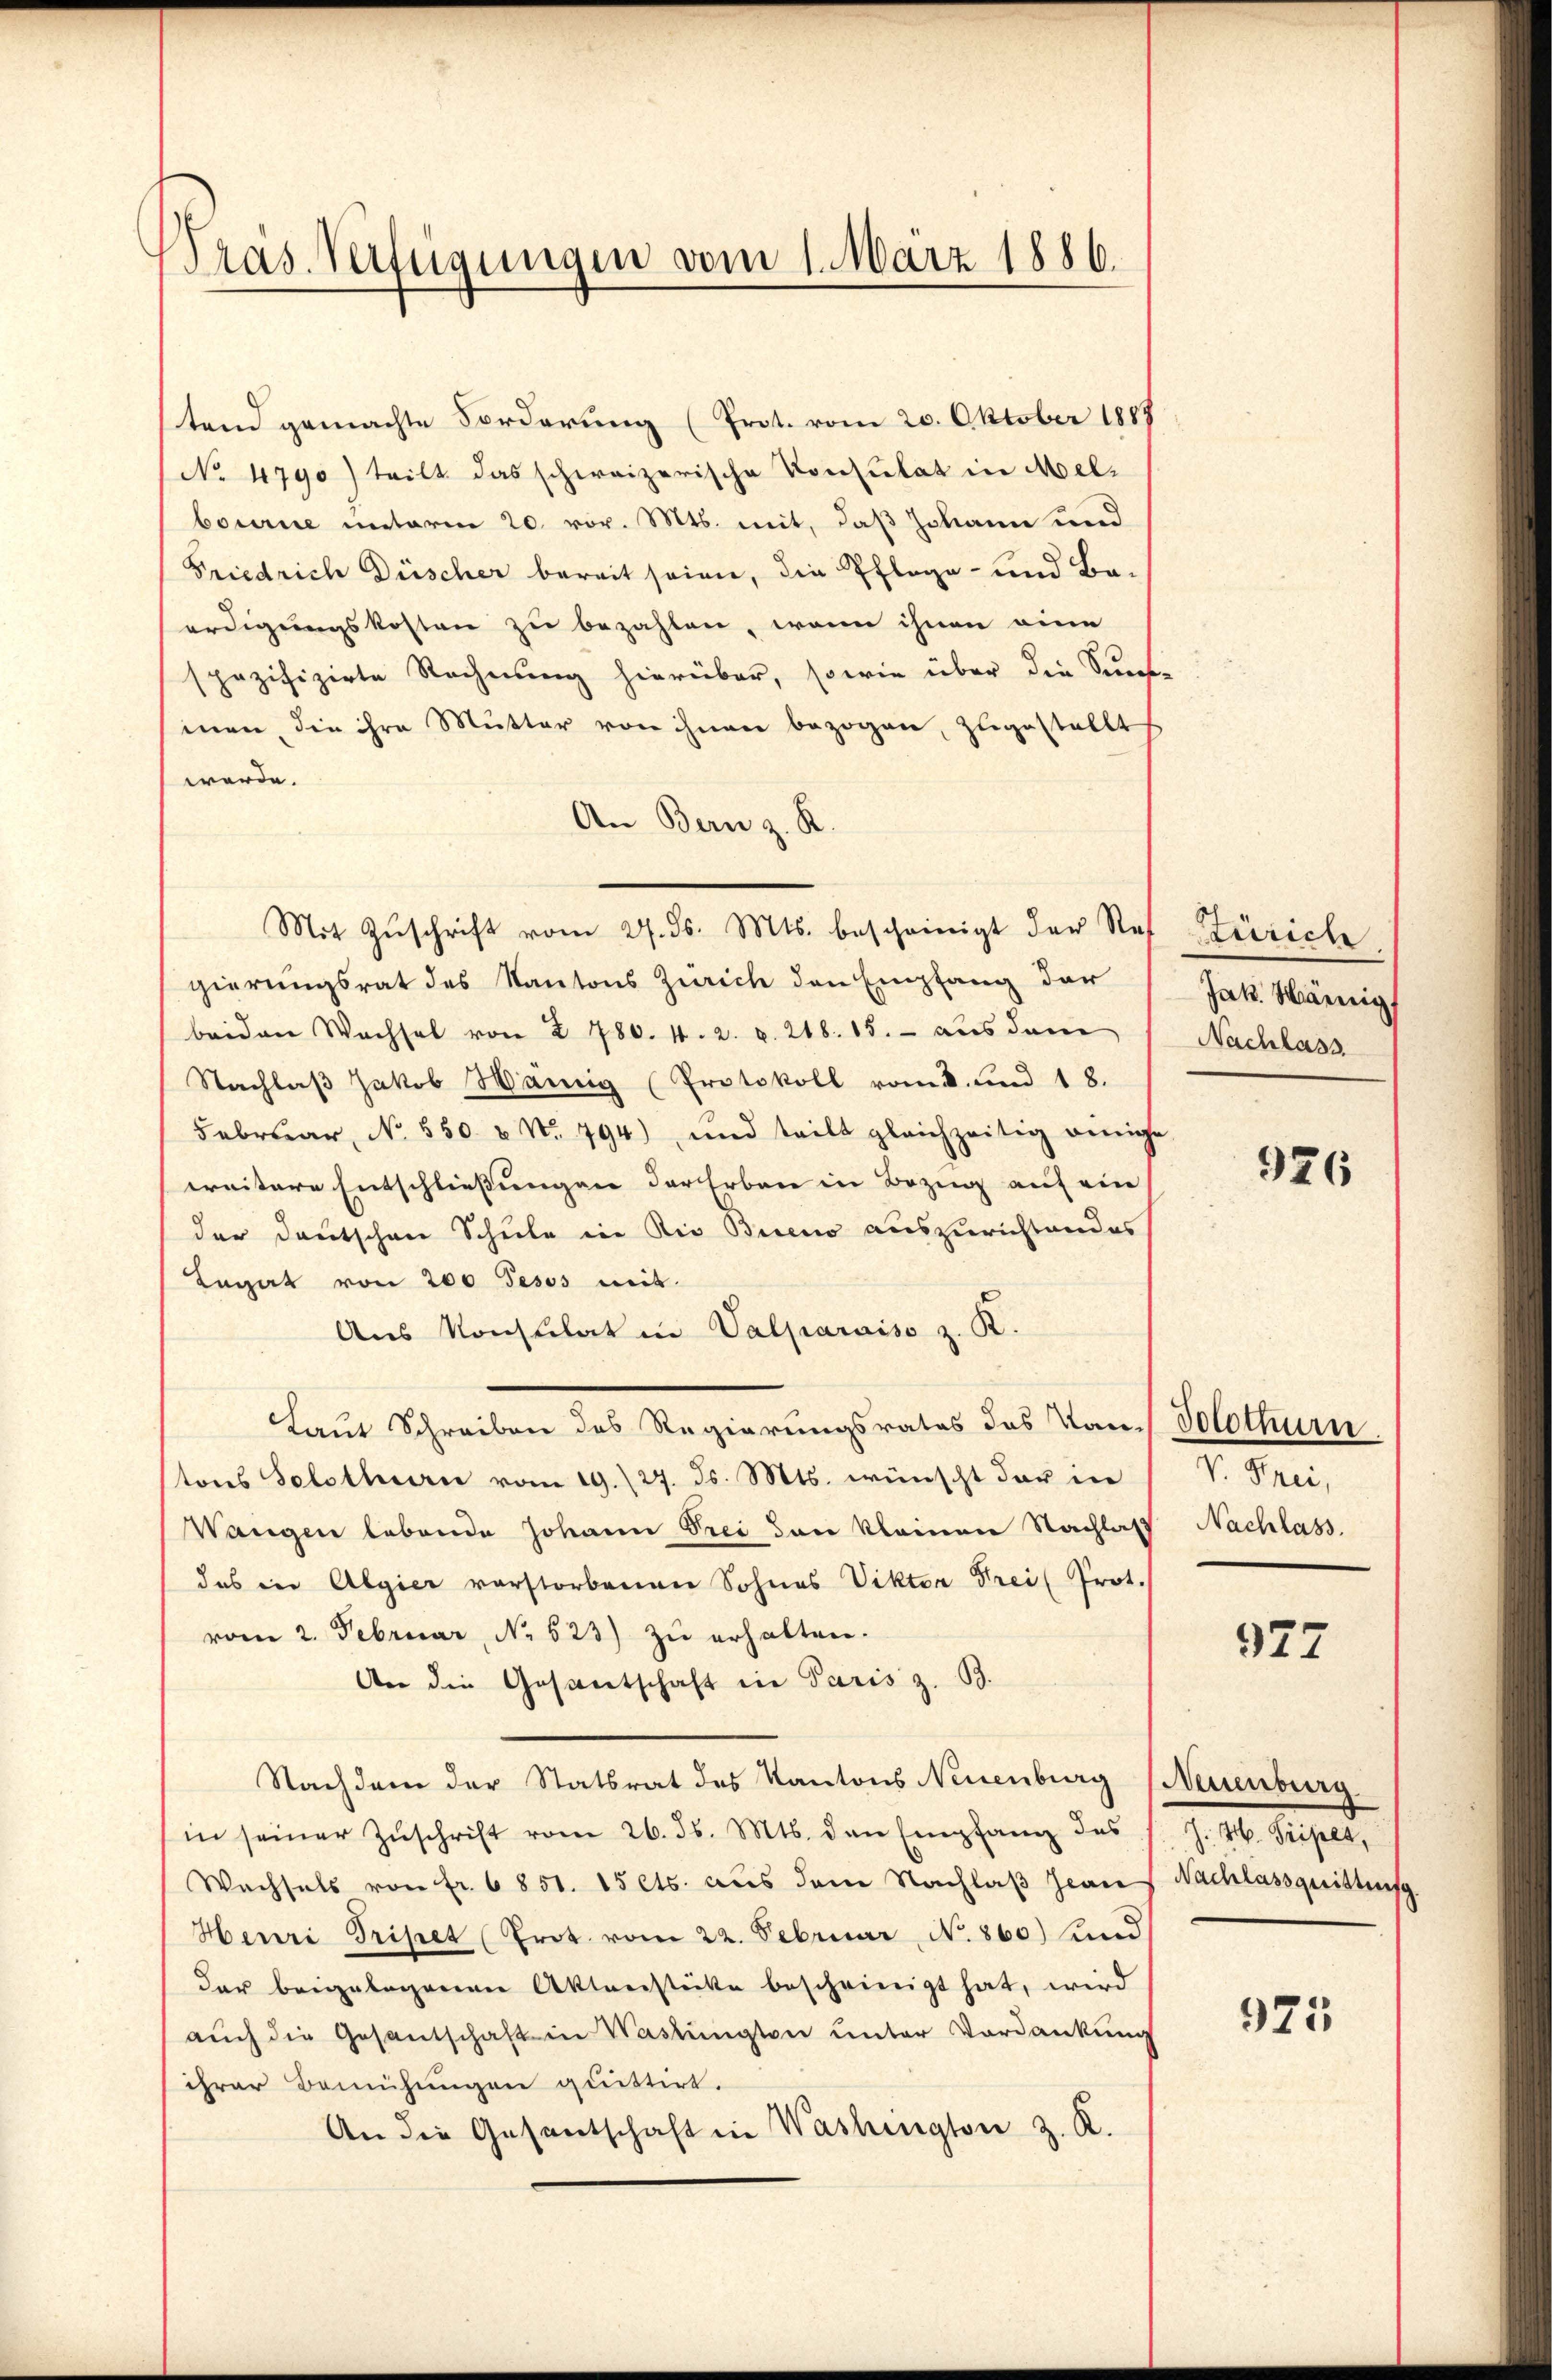
Präs. Verfügungen vom 1. März 1886.

tend gemachte Forderung (Prot. vom 20. Oktober 1887
No 4790) teilt das schweizerische Konsulat in Melbourie unterm 20. vor. Mts. mit, daß Johann und
Friedrich Düscher bereit seinen, die Pflege- und Ba-
erdigungskosten zu bezahlen, wenn ihnen eine
spezifizirte Rechnung hierüber, sowie über die Sanfe
man, die ihre Mutter von ihnen bezogen, zugestellt
werde.
An Bern z. R.
Mit Zŭschrift vom 27. ds. Mts. bescheinigt der Ref
gierungsrat des Kantons Zürich den Empfang der
beiden Wachsel von § 780. 4. 2. v. 218. 15. - aus dem
Nachlaβ Jakob Hämig (Protokoll vom 8. und 18.
Februar, No 550. u No. 794), und teilt gleichzeitig einige
weitere Entschliessungen der Erben in Bezug auf ein
der Deutschen Schule in die Bieno auszurichtendes
Legat von 200 Pesos mit.
Aus Konsulat in Valparaiso z. R.
Laut Schreiben des Regierungsrates des Von Solothurn
tons Solothurn vom 19. /27. ds. Mts. wünscht der in
Wangen lebende Johann drei den kleinen Nachlaß
das in Algier vorstorbenen Sohnes Viktor Frei Prot.
vom 2. Februar, No 523) zŭ erhalten.
An die Gesantschaft in Paris z. B.
Nachdem der Statsrat des Kantons Neuenburg (Neuenburg
(in seiner Zuschrift vom 26. ds. Mts. den Empfang des
Wachsels von fr. 6851. 15 Cts. aus dem Nachlaβ Jean Nachlassquittung.
Henri Tripet (Prot. vom 22. Februar N. 860) und
der beigelegenen Aktenstücke bescheinigt hat, wird
aŭch die Gesantschaft in Washington unter Vordankung
ihrer Bemühungen quittirt.
An die Gesantschaft in Washington z. K.

Zürich
Jak. Märnig,
Nachlass

926

7 de
Nachlass.

927

J. H. Tripet,

975